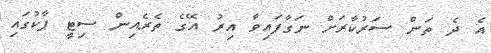
އެ ދެ ތަން ސަރުކާރަށް ނަގާފައިވާ އިރު އޭގެ ތެރެއިން ސިޓީ ޕާކުގައި